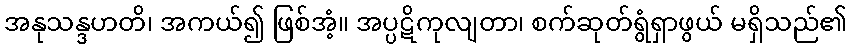
အနုသန္ဒဟတိ၊ အကယ်၍ ဖြစ်အံ့။ အပ္ပဋိကုလျတာ၊ စက်ဆုတ်ရွံရှာဖွယ် မရှိသည်၏